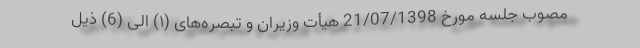
مصوب جلسه مورخ 21‌/07‌/1398 هیأت وزیران و تبصره‌های (۱) الی (6) ذیل